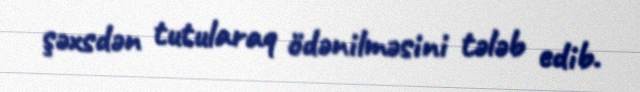
şəxsdən tutularaq ödənilməsini tələb edib.